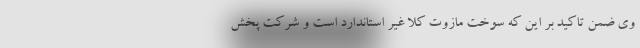
وی ضمن تاکید بر این که سوخت مازوت کلا غیر استاندارد است و شرکت پخش